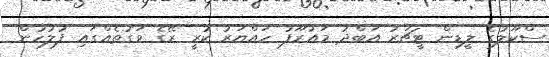
ސްކޫލުގެ ލީޑިން ޓީޗަރު އަބްދު މައުރޫފު ހައްޔަރު ކުރީ ރޭގެ ވަގުތެއްގައި ފުލުހުން